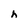
Character: h